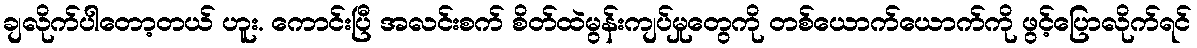
ချလိုက်ပါတော့တယ် ဟူး. ကောင်းပြီ အလင်းစက် စိတ်ထဲမွန်းကျပ်မှုတွေကို တစ်ယောက်ယောက်ကို ဖွင့်ပြောလိုက်ရင်